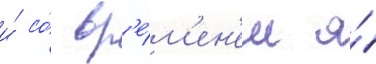
и́ со́ вр'е́м'ен'ем я́